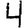
Digit: 4